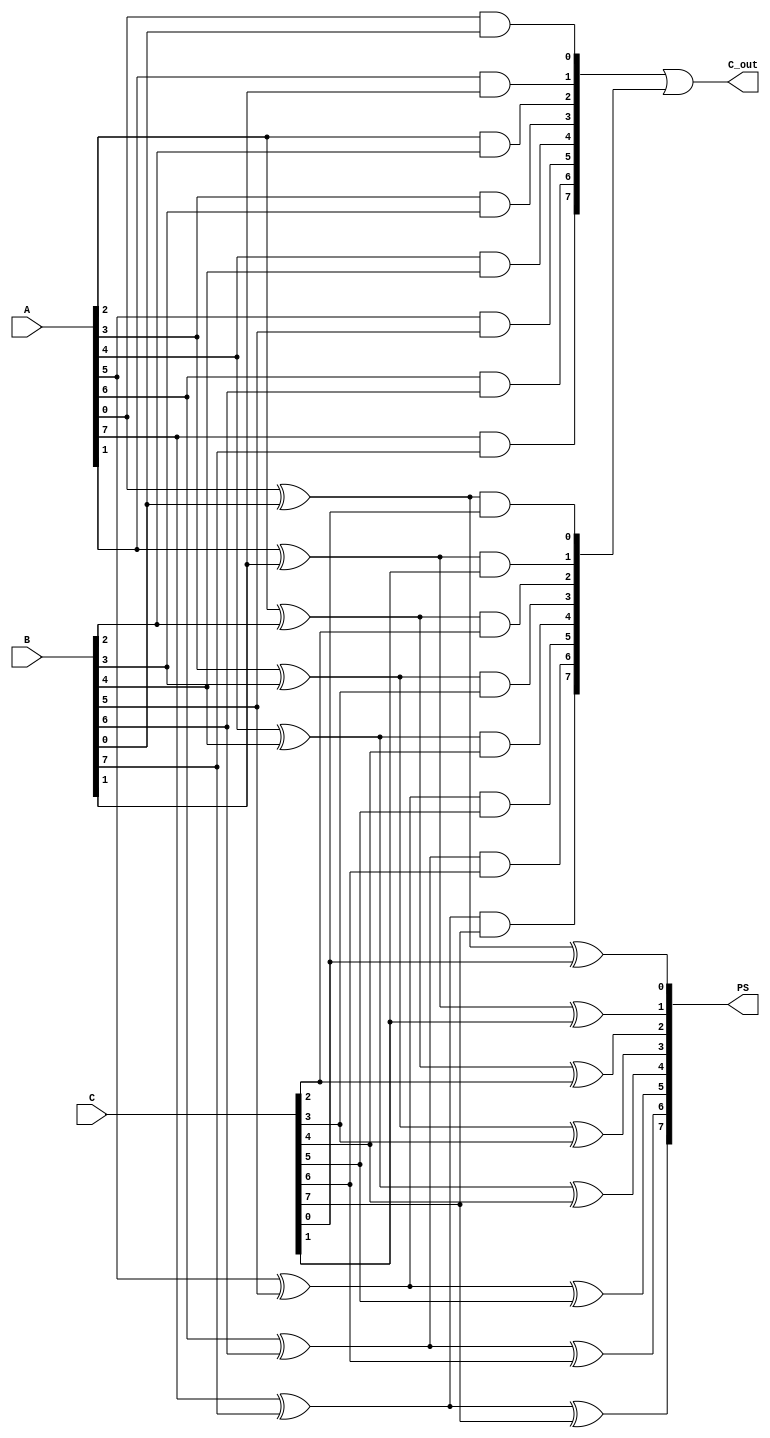
module carry_save_adder #(parameter WIDTH = 8) (
    input  wire [WIDTH-1:0] A,     // First input
    input  wire [WIDTH-1:0] B,     // Second input
    input  wire [WIDTH-1:0] C,     // Third input
    output wire [WIDTH-1:0] PS,     // Partial Sum output
    output wire [WIDTH-1:0] C_out    // Carry output
);

    // Internal wires for partial sums and carries
    wire [WIDTH-1:0] sum1, sum2;
    wire [WIDTH-1:0] carry1, carry2;

    // Generate partial sums and carries for the first stage
    genvar i;
    generate
        for (i = 0; i < WIDTH; i = i + 1) begin : CSA_STAGE
            // Full adder for A and B
            assign sum1[i] = A[i] ^ B[i];
            assign carry1[i] = A[i] & B[i];

            // Full adder for sum1 and C
            assign sum2[i] = sum1[i] ^ C[i];
            assign carry2[i] = sum1[i] & C[i];
        end
    endgenerate

    // Final carry and sum outputs
    assign PS = sum2;
    assign C_out = carry1 | carry2;

endmodule